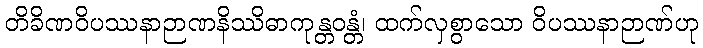
တိခိဏဝိပဿနာဉာဏနိဿိဓာကုန္တဝန္တံ၊ ထက်လှစွာသော ဝိပဿနာဉာဏ်ဟု